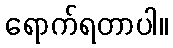
ရောက်ရတာပါ။